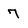
Character: 7